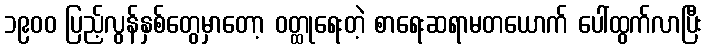
၁၉၀၀ ပြည့်လွန်နှစ်တွေမှာတော့ ဝတ္ထုရေးတဲ့ စာရေးဆရာမတယောက် ပေါ်ထွက်လာပြီး